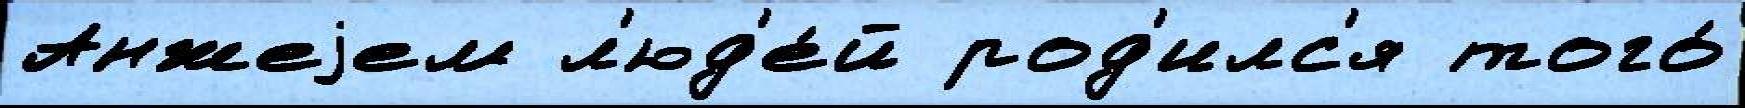
Анжеjем л'юд'е́й род'илс'я того́